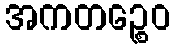
အကတဉ္စေဝ